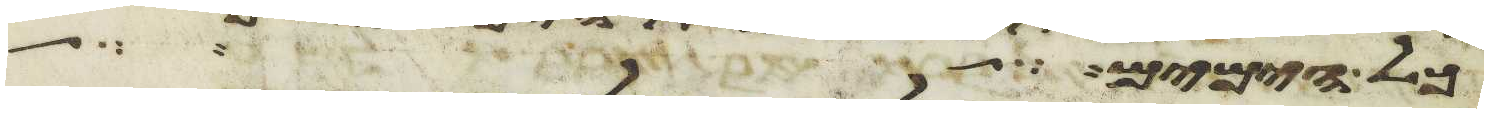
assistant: כל הימים אשר אתם